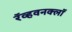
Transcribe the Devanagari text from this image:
रॅव्हवनक्लॉ